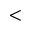
<